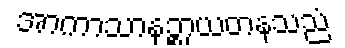
အာကာသာနဉ္စာယတနသညံ